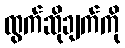
ထွက်ဆိုချက်ကို